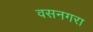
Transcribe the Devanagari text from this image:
वसनगरा